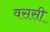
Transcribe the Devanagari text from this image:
वससी